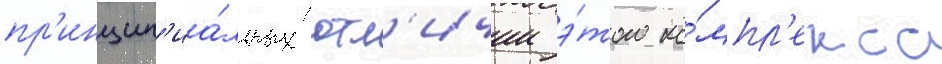
пр'инцип'иа́льных отл'ичии э́того ко́мпл'екса